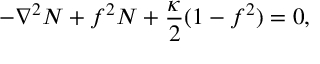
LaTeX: - \nabla ^ { 2 } N + f ^ { 2 } N + \frac { \kappa } { 2 } ( 1 - f ^ { 2 } ) = 0 ,